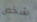
شخص